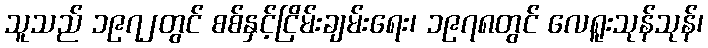
သူသည် ၁၉၇၂တွင် စစ်နှင့်ငြိမ်းချမ်းရေး၊ ၁၉၇၈တွင် လေရူးသုန်သုန်၊